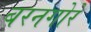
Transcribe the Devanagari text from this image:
बरनगोरे